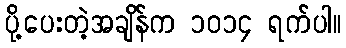
ပို့ပေးတဲ့အချိန်က ၁၀၁၄ ရက်ပါ။